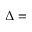
\Delta =